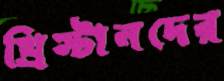
খ্রিস্টানদের